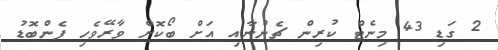
2 ގަޑި 43 މިނެޓް ކުރިން ޗެންނާއި އަށް ބޯކޮށް ވާރޭވެހި ފެންބޮޑު